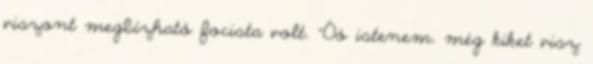
viszont megbízható focista volt. "Óó istenem. még kiket visz